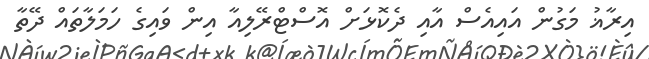
އިރާޣު މަގުން އައިއެސް އާއި ދެކޮޅަށް އޮސްޓްރޭލިއާ އިން ވައިގެ ހަމަލާތައް ދޭތާ